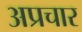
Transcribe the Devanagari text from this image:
अप्रचार